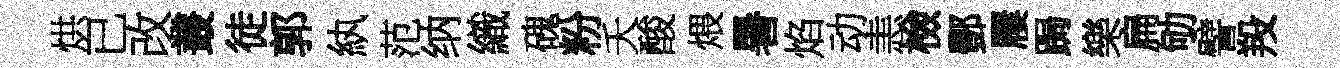
烘已改叢徒郭紈范纳織磈粉夭酸煨暑焰动恚檢酆屨跼樂扁劬譬羖